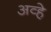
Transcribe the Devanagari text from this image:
अव्हे